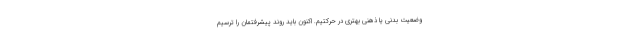
وضعیت بدنی یا ذهنی بهتری در حرکتیم. اکنون باید روند پیشرفتمان را ترسیم